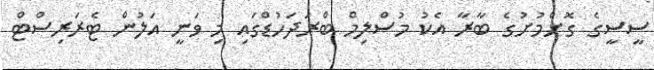
ސީސީގެ ގޮށްމުށުގެ ބާރާ އެކު މުސްލިމް ބްރަދަހުޑްގައި މި ވަނީ އަލުން ޓެރަރިސްޓް